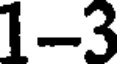
1-3